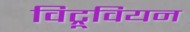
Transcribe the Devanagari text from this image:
विट्रूवियन